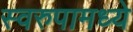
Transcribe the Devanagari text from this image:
स्वरुपामध्ये